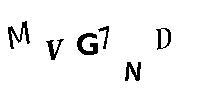
MVG7ND